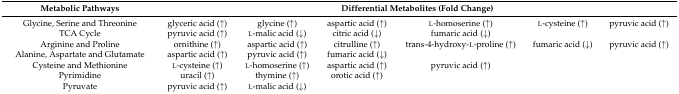
<table><thead><tr><td><b>Metabolic Pathways</b></td><td colspan="6"><b>Differential Metabolites (Fold Change)</b></td></tr></thead><tbody><tr><td>Glycine, Serine and Threonine</td><td>glyceric acid (↑)</td><td>glycine (↑)</td><td>aspartic acid (↑)</td><td>l-homoserine (↑)</td><td>l-cysteine (↑)</td><td>pyruvic acid (↑)</td></tr><tr><td>TCA Cycle</td><td>pyruvic acid (↑)</td><td>l-malic acid (↓)</td><td>citric acid (↓)</td><td>fumaric acid (↓)</td><td>[EMPTY_CELL]</td><td>[EMPTY_CELL]</td></tr><tr><td>Arginine and Proline</td><td>ornithine (↑)</td><td>aspartic acid (↑)</td><td>citrulline (↑)</td><td>trans-4-hydroxy-l-proline (↑)</td><td>fumaric acid (↓)</td><td>pyruvic acid (↑)</td></tr><tr><td>Alanine, Aspartate and Glutamate</td><td>aspartic acid (↑)</td><td>pyruvic acid (↑)</td><td>fumaric acid (↓)</td><td>[EMPTY_CELL]</td><td>[EMPTY_CELL]</td><td>[EMPTY_CELL]</td></tr><tr><td>Cysteine and Methionine</td><td>l-cysteine (↑)</td><td>l-homoserine (↑)</td><td>aspartic acid (↑)</td><td>pyruvic acid (↑)</td><td>[EMPTY_CELL]</td><td>[EMPTY_CELL]</td></tr><tr><td>Pyrimidine</td><td>uracil (↑)</td><td>thymine (↑)</td><td>orotic acid (↑)</td><td>[EMPTY_CELL]</td><td>[EMPTY_CELL]</td><td>[EMPTY_CELL]</td></tr><tr><td>Pyruvate</td><td>pyruvic acid (↑)</td><td>l-malic acid (↓)</td><td>[EMPTY_CELL]</td><td>[EMPTY_CELL]</td><td>[EMPTY_CELL]</td><td>[EMPTY_CELL]</td></tr></tbody></table>